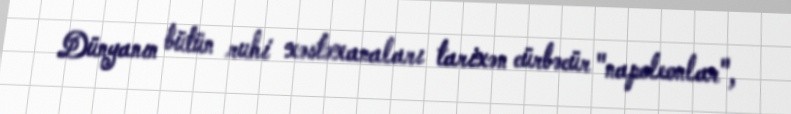
Dünyanın bütün ruhi xəstəxanaları tarixən cürbəcür "napoleonlar",